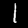
Digit: 1